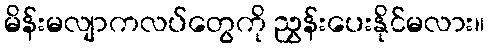
မိန်းမလျာကလပ်တွေကို ညွှန်းပေးနိုင်မလား။